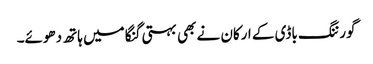
گورننگ باڈی کے ارکان نے بھی بہتی گنگا میں ہاتھ دھوئے۔